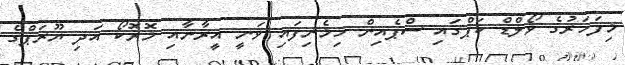
މިފަހަރުގެ ވޯލްޑް ކަޕްގައި ސްޕެއިން ހިމެނިފައި ވަނީ އީރާނާއި މޮރޮކޯ އަދި ޔޫރަޕްގެ